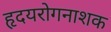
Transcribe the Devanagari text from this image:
हृदयरोगनाशक